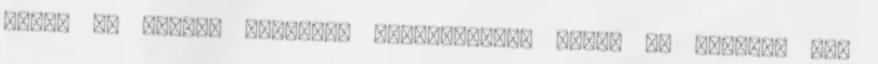
hajat és inkább rövidben gondolkozol, akkor is érdemes pár